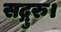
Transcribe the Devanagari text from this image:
सद्गुरु।